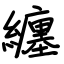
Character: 纏